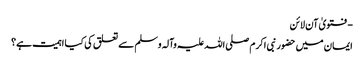
- فتویٰ آن لائن
ایمان میں حضور نبی اکرم صلی اللہ علیہ وآلہ وسلم سے تعلق کی کیا اہمیت ہے؟